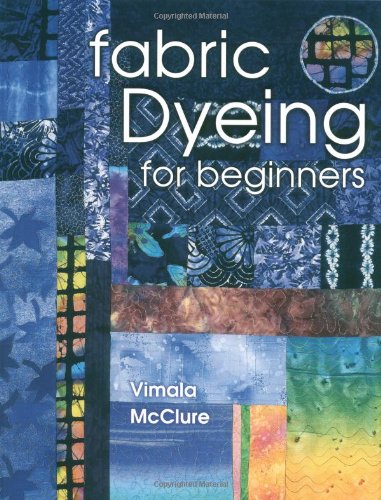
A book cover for Fabric Dyeing For Beginners; Vimala McClure; Crafts, Hobbies & Home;